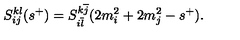
S _ { i j } ^ { k l } ( s ^ { + } ) = S _ { i \overline { { l } } } ^ { k \overline { { j } } } ( 2 m _ { i } ^ { 2 } + 2 m _ { j } ^ { 2 } - s ^ { + } ) .